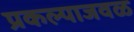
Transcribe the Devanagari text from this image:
प्रकल्पाजवळ